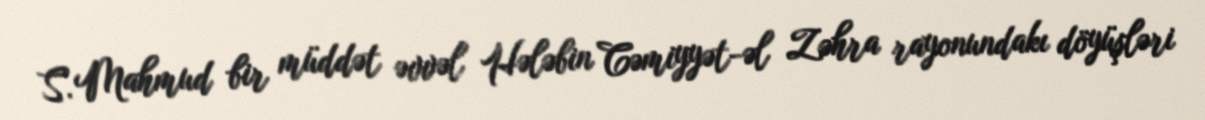
S. Mahmud bir müddət əvvəl Hələbin Cəmiyyət-əl Zəhra rayonundakı döyüşləri